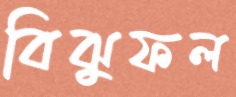
বিঝুফল